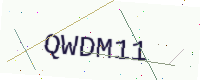
Text: QWDM11